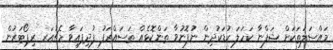
މައްސަލަތަކަށް ޝަފްނާ ކަހަލަ ކުޑަކުދިން ނުފޮނުވާ ތަންކޮޅެއް ތަސައްރަފު ފުދިފައިވާ މެޗުއަރ ރިޕޯޓަރުން